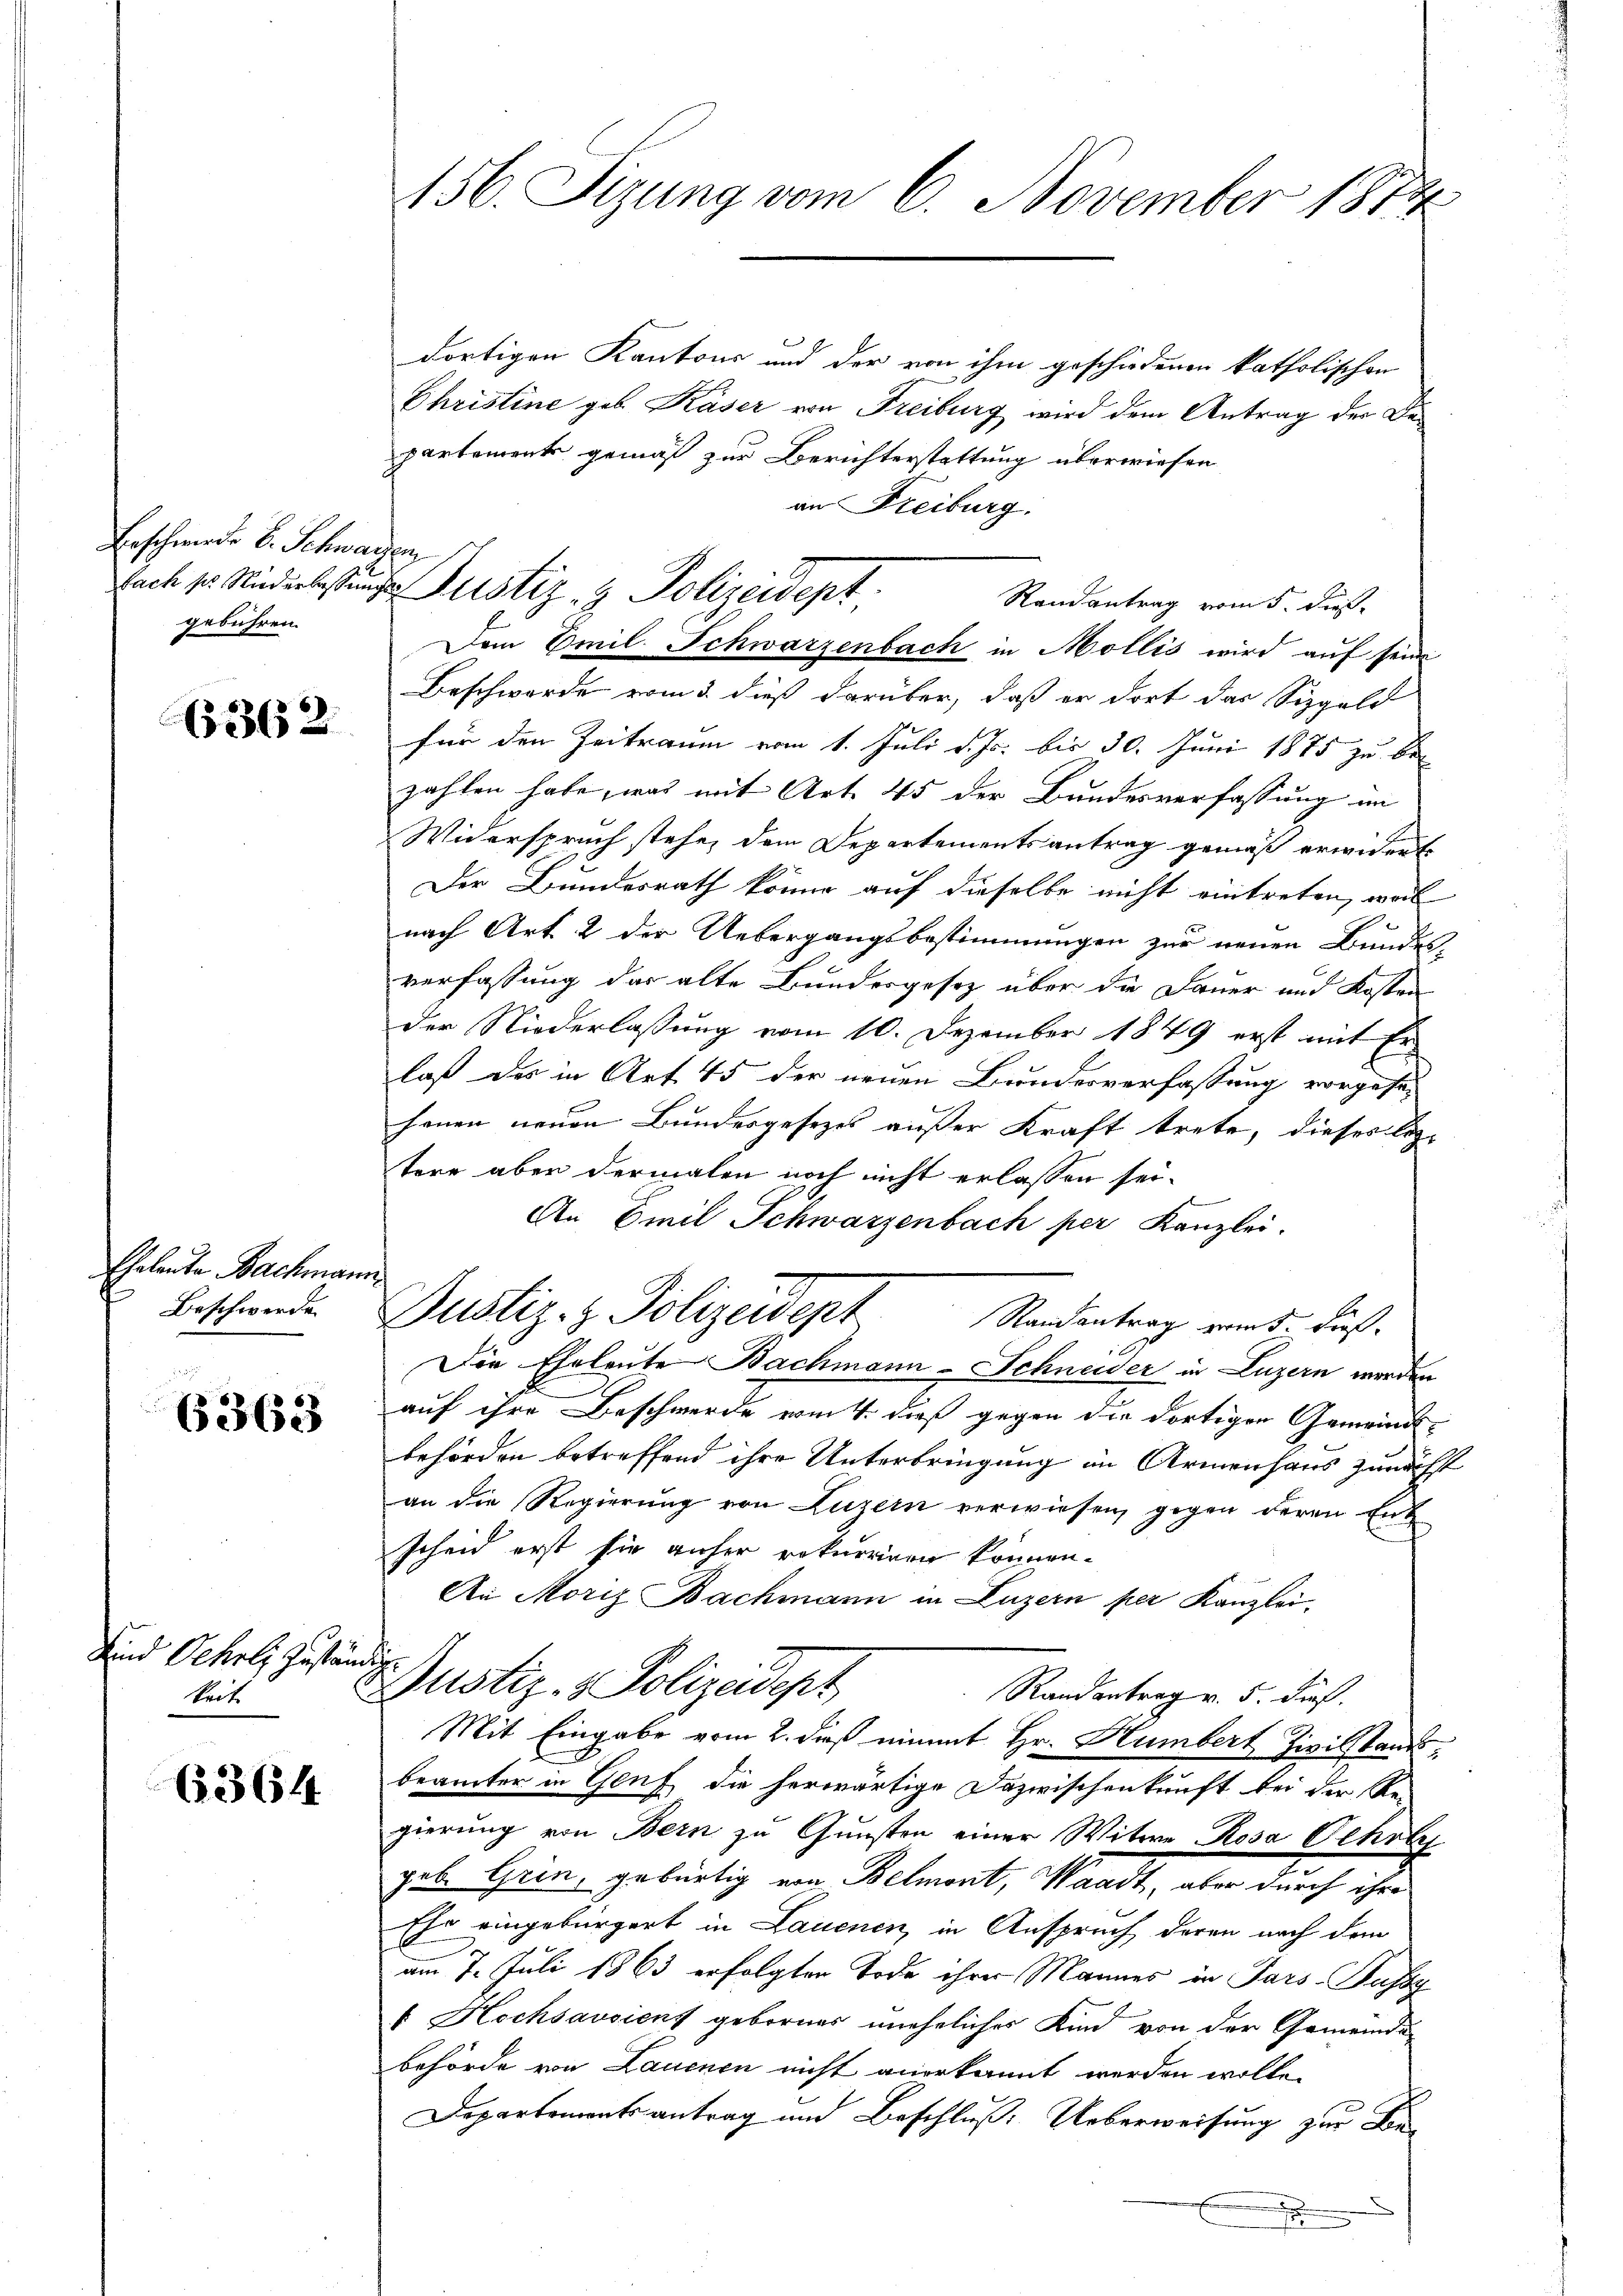
Beschwerde v. Schwarzen
gebühren.

6362

Eheleute Bachmann
Beschwerde.

6363

Sind Oehrl. Zuständ
keit.

6364

156. Sizung vom 6. November 1874

dortigen Kantons und der von ihm geschiedenen katholischen
Christine geb. Kaser von Freiburg wird dem Antrag der Departements gemäß zur Berichterstattung überwiesen
an Freiburg.
Randantrag vom 5. dies
Dem Emil Schwarzenbach in Mollis wird auf seine
Beschwerde vom 3. dieß darüber, daß er dort das Sizgeld
für den Zeitraum vom 1. Juli d. Js. bis 30. Juni 1875 zu bezahlen habe, was mit Art. 45 der Bundesverfassung im
Widerspruch stehe, dem Departementsantrag gemäß erwidert
Der Bundesrath könne auf dieselbe nicht eintreten, weil
nach Art. 2 der Uebergangsbestimmungen zur neuen Bundes
verfassung der alte Bundergesetz über die Dauer und Kosten
der Niederlassung vom 10. Dezember 1849 erst mit Erlaß des in Art. 45 der neuen Bundesverfassung vorgesehenen neuen Bundesgesezes außer Kraft trete, dieses leztere aber dermalen noch nicht erlassen sei.
An Emil Schwarzenbach per Kanzlei.
.
Justiz- & Polizeidept
Randantrag vom 5. Fuß.
Die Eheleute Bachmann-Schneider in Luzern werden
auf ihre Beschwerde vom 4. dieß gegen die dortigen Gemeindsbehörden betreffend ihre Unterbringung in Armenhaus zunächst
an die Regierung von Luzern verwiesen, gegen deren Ent
scheid erst sie anher rekurriren können.
An Moriz Bachmann in Luzern per Kanzlei.
h
Justiz- & Polizeidept
Randantrag v. 5. darf.
Mit Eingabe vom 2. dieß einmit Hr. Humbert Zivilstand,
beämter in Genf die herwärtige Dazwischenkunft bei der Re-
gierung von Bern zu Gunsten einer Witwe Rosa Oehrte
gale Gein, gebürtig von Balment, Waadt, aber durch ihn
Ehr eingebürgert in Lauenen, in Anspruch deren nach dem
am 7. Juli 1863 erfolgten Tode ihrer Mannes in Pars-Pussy
 Hochsavsiens gebornes uneheliches Kind von der Gemeinde
behörde von Lauenen nicht anerkannt werden wolle.
Departementsantrag und Beschluß: Ueberweisung zur Ken
x

Sach sr. Niederbestunde Justiz- & Polizeidept